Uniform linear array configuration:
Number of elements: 48
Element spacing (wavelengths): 0.75
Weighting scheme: cosine
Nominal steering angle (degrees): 0
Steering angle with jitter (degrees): -1.583
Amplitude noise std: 0.05
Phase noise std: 0.05

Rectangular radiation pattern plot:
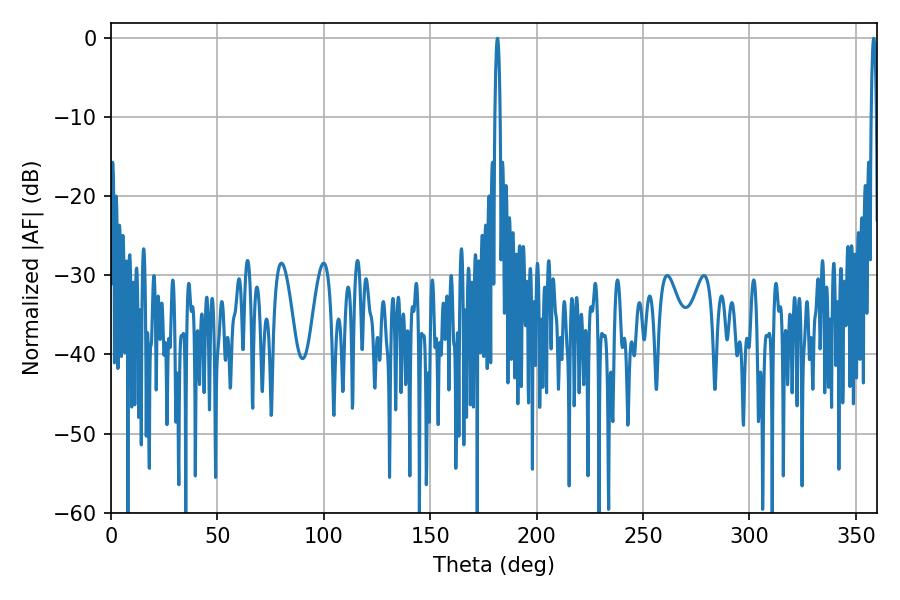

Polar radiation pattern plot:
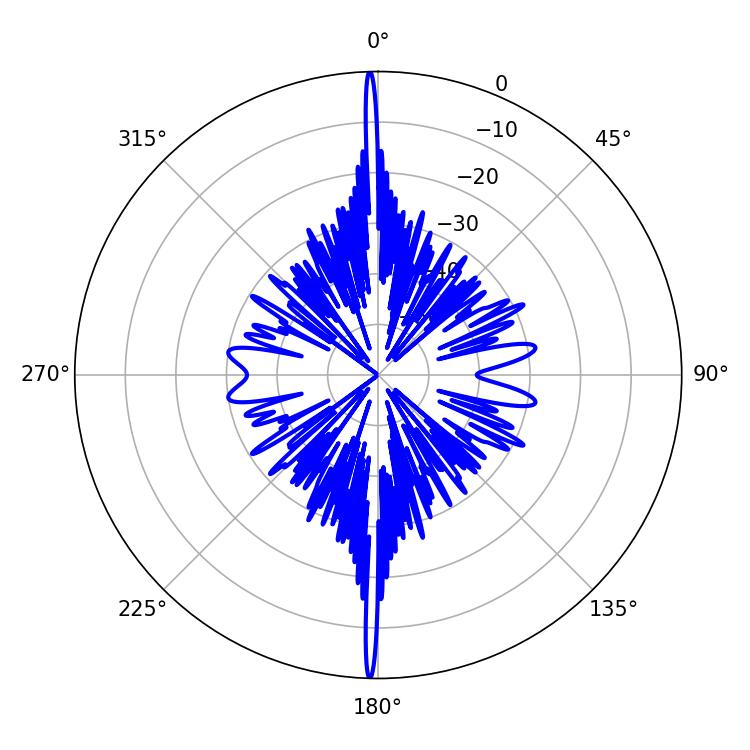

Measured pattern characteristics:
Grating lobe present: TRUE
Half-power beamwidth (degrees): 1.26
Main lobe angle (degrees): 181.62